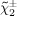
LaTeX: { \tilde { \chi } } _ { 2 } ^ { \pm }